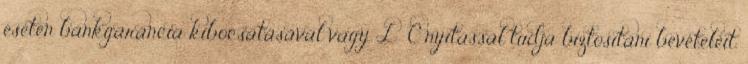
esetén bankgarancia kibocsátásával vagy L C nyitással tudja biztositani bevételeit.